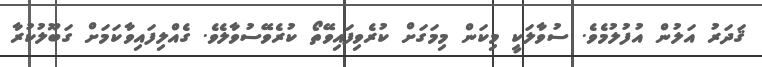
ޤަދަރު އަލުން އުފުލުމެވެ. ސުވާލަކީ މިކަން މިމަގަށް ކުރެވިފައިވޭތޯ ކުރެވޭސުވާލެވެ. ގެއްލިފައިވާކަމަށް ގަބޫލުކުރާ